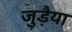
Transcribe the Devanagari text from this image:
जुड़ैया